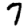
Digit: 7